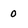
Character: 0